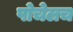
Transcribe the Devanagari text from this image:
पोचेलच